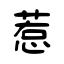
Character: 惹